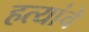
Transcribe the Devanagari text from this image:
हत्यांचे